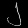
Digit: ၂